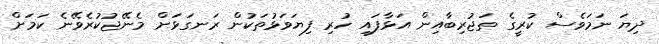
ދިޔަ ނަމަވެސް ކުރީގެ ތަޖުރިިބާއިން އަޅާފައި ހުރި ފިޔަވަޅުތަކުން ރަނގަޅަށް މެނޭޖުކުރެވޭނެ ކަމަށް